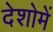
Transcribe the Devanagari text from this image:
देशोमें